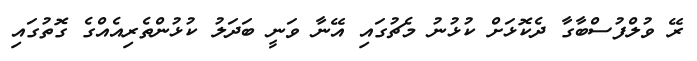
ރޭ ވުލްފުސްބާގާ ދެކޮޅަށް ކުޅުނު މެޗުގައި އޭނާ ވަނީ ބަދަލު ކުޅުންތެރިއެއްގެ ގޮތުގައި